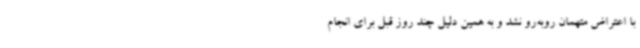
با اعتراض متهمان روبه‌رو نشد و به همین دلیل چند روز قبل برای انجام